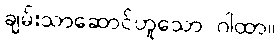
ချမ်းသာဆောင်ဟူသော ဂါထာ။